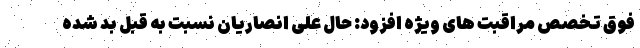
فوق تخصص مراقبت های ویژه افزود: حال علی انصاریان نسبت به قبل بد شده